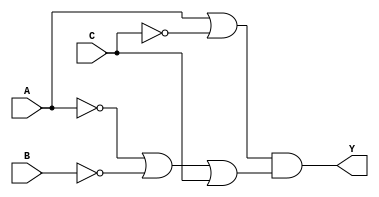
//-----------------------------------
// Ricardo Pellecer Orellana
// Carn: 19072
// 9/Agosto/2020
// Gate Level Modelling 
// Tablas del Ejercicio 01: Tabla 01 y Tabla 02 
// Tablas del Ejercicio 02: Tabla 02 y Tabla 04
// Operadores
// Tablas del Ejercicio 01: Tabla 03 y Tabla 04
// Tablas del Ejercicio 02: Tabla 01 y Tabla 03
// -----------------------------------

// Ejercicio 1 Tabla 1;

module gateLevel_1(input wire A, B, C, output wire Y);

  wire notA, notB, notC, or1, or2;

  // Not's 
  
  not (notA, A);
  not (notB, B);
  not (notC, C);
  
  // Or's
  
  or  (or1, A, notC);
  or  (or2, notA, notB, C);
  
  // And's
  
  and (Y, or1, or2);
  
endmodule

// Ejercicio 1 Tabla 2;

module gateLevel_2(input wire A, B, C, output wire Y);

  wire notA, notB, notC, or1, or2;

  // Not's 
  
  not (Y, B);
  
endmodule

// Ejercicio 2 Tabla 2;

module gateLevel_3(input wire A, B, C, output wire Y);

  wire notA, notB, notC, or1, or2;

  // Not's 
  
  not (notB, B);
  
  // Or's
  
  or  (Y, notB, C);
    
endmodule

// Ejercicio 2 Tabla 4;

module gateLevel_4(input wire A, B, C, output wire Y);

  wire notA, notB, notC, or1, or2;

  // Not's 
  
  not (notA, A);
  not (notC, C);
  
  // Or's
  
  or  (or1, notA, B);
  or  (or2, B, notC);
  
  // And's
  
  and (Y, or1, or2);
  
endmodule


// Ejercicio 1 Tabla 3
module operadores_1(input wire A, B, C, D, output wire Y);

  assign Y = (~A & ~B & ~C & ~D) | (~A & ~B & C & D) | (~A & B & ~C & D) | (~A & B & C & ~D) | (A & B & ~C & ~D) | (A & B & C & D) | (A & ~B & ~C & D) | (A & ~B & C & ~D);

endmodule

// Ejercicio 1 Tabla 4
module operadores_2(input wire A, B, C, D, output wire Y);

  assign Y = A & (~A | B | C | ~D);

endmodule

// Ejercicio 2 Tabla 1
module operadores_3(input wire A, B, C, D, output wire Y);

  assign Y = (~B & ~C & ~D) | (A & ~C) | (A & ~B) | (A & C & ~D);

endmodule

// Ejercicio 2 Tabla 3
module operadores_4(input wire A, B, C, D, output wire Y);

  assign Y = (B | D) & (A | B | ~C);
  
endmodule

//Ejercicio 5
// SOP utilizando Behavioral Modelling
module alarma_sop(input wire A, B, C, output wire Y);

	assign Y = (A & ~B & ~C) | (A & ~B & C) | (A & B & C);

endmodule

// POS utilizando Behavioral Modelling
module alarma_pos(input wire A, B, C, output wire Y);

	assign Y = (A | B | C) & (A | B | ~C) & (A | ~B | C) & (A | ~B | ~C) & (~A | ~B | C);

endmodule

// Simplificada con mapa de Karnaugh utilizando Gate Level Modelling
module alarma_k(input wire A, B, C, output wire Y);
	
	wire notB, or1;
	
	//Not's
	
	not (notB, B);
	
	//Or's
	
	or (or1, notB, C);
	
	//And's
	
	and (Y, A, or1);
	
endmodule